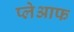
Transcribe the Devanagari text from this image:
प्लेआफ